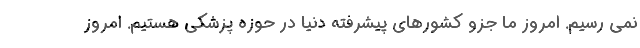
نمی رسیم. امروز ما جزو کشورهای پیشرفته دنیا در حوزه پزشکی هستیم. امروز